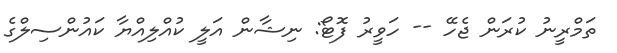
ތަމްރީނު ކުރަން ޖެހޭ -- ހަވީރު ފޮޓޯ: ނިޝާން އަލީ ކުއްލިއްޔާ ކައުންސިލްގެ